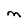
Character: M